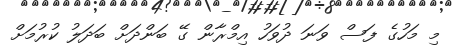
މި މަހުގެ ފަސް ވަނަ ދުވަހު އިމްރާން ގޭ ބަންދަށް ބަދަލު ކުރުމަށް